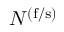
N _ { \mathrm { \ell } } ^ { \mathrm { ( f / s ) } }